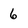
Character: 6